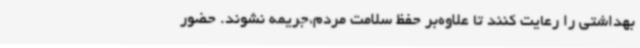
بهداشتی را رعایت کنند تا علاوه‌بر حفظ سلامت مردم،جریمه نشوند. حضور